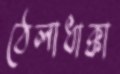
ঠেলাধাক্কা